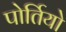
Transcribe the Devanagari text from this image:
पोर्तियो